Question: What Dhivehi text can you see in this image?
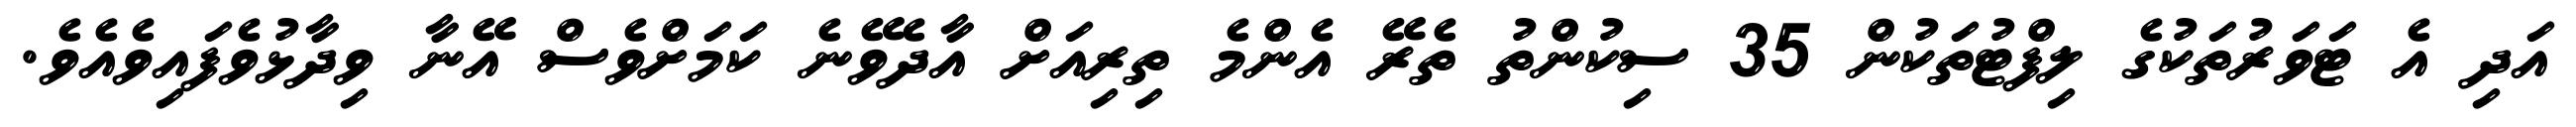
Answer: އަދި އެ ޓަވަރުތަކުގެ ލިފްޓުތަކުން 35 ސިކުންތު ތެރޭ އެންމެ ތިރިއަށް އާދެވޭނެ ކަމަށްވެސް އޭނާ ވިދާޅުވެފައިވެއެވެ.